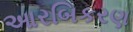
આરબિકરણ